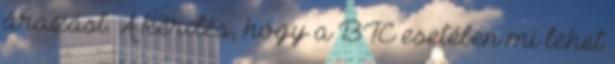
árazást. A kérdés, hogy a BTC esetében mi lehet